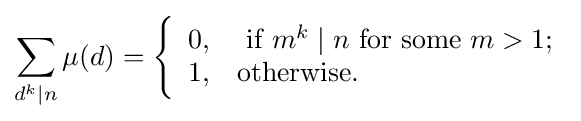
\sum _{d^{k}\mid n}\mu (d)={\Biggl \{}{\begin{array}{ll}0,&{\text{ if }}m^{k}\mid n{\text{ for some }}m>1;\\1,&{\text{otherwise.}}\end{array}}